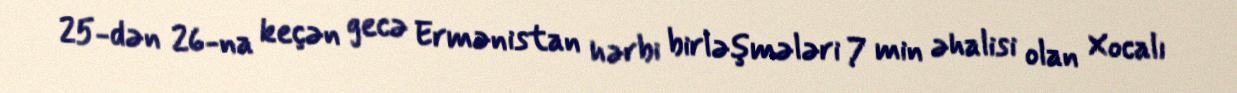
25-dən 26-na keçən gecə Ermənistan hərbi birləşmələri 7 min əhalisi olan Xocalı